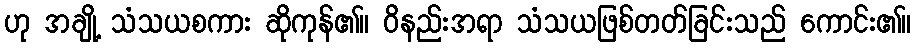
ဟု အချို့ သံသယစကား ဆိုကုန်၏။ ဝိနည်းအရာ သံသယဖြစ်တတ်ခြင်းသည် ကောင်း၏။